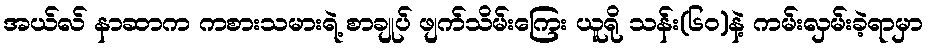
အယ်လ် နာဆာက ကစားသမားရဲ့ စာချုပ် ဖျက်သိမ်းကြေး ယူရို သန်း(၆၀)နဲ့ ကမ်းလှမ်းခဲ့ရာမှာ